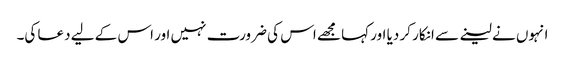
انہوں نے لینے سے انکار کر دیا اور کہا مجھے اس کی ضرورت نہیں اور اس کے لیے دعا کی۔